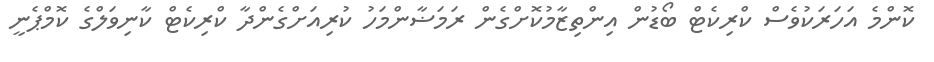
ކޮންމެ އަހަރަކުވެސް ކްރިކެޓް ބޯޑުން އިންތިޒާމުކޮށްގެން ރަމަޟާންމަހު ކުރިއަށްގެންދާ ކްރިކެޓް ކާނިވަލްގެ ކޮމްޕެނީ